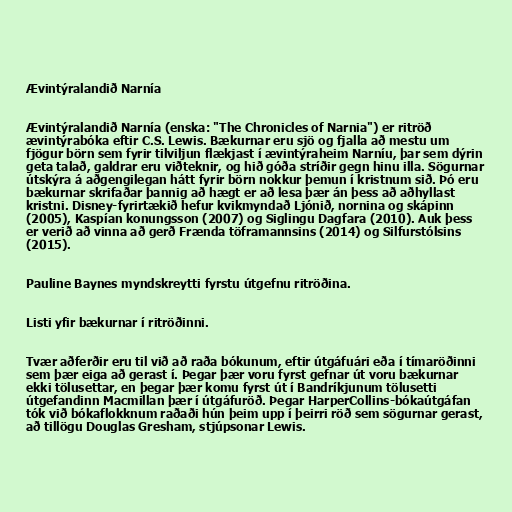
Ævintýralandið Narnía

Ævintýralandið Narnía (enska: "The Chronicles of Narnia") er ritröð
ævintýrabóka eftir C.S. Lewis. Bækurnar eru sjö og fjalla að mestu um
fjögur börn sem fyrir tilviljun flækjast í ævintýraheim Narníu, þar sem dýrin
geta talað, galdrar eru viðteknir, og hið góða stríðir gegn hinu illa. Sögurnar
útskýra á aðgengilegan hátt fyrir börn nokkur þemun í kristnum sið. Þó eru
bækurnar skrifaðar þannig að hægt er að lesa þær án þess að aðhyllast
kristni. Disney-fyrirtækið hefur kvikmyndað Ljónið, nornina og skápinn
(2005), Kaspían konungsson (2007) og Siglingu Dagfara (2010). Auk þess
er verið að vinna að gerð Frænda töframannsins (2014) og Silfurstólsins
(2015).

Pauline Baynes myndskreytti fyrstu útgefnu ritröðina.

Listi yfir bækurnar í ritröðinni.

Tvær aðferðir eru til við að raða bókunum, eftir útgáfuári eða í tímaröðinni
sem þær eiga að gerast í. Þegar þær voru fyrst gefnar út voru bækurnar
ekki tölusettar, en þegar þær komu fyrst út í Bandríkjunum tölusetti
útgefandinn Macmillan þær í útgáfuröð. Þegar HarperCollins-bókaútgáfan
tók við bókaflokknum raðaði hún þeim upp í þeirri röð sem sögurnar gerast,
að tillögu Douglas Gresham, stjúpsonar Lewis.